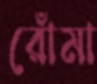
রোঁমা